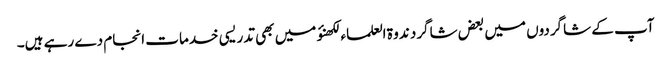
آپ کے شاگردوں میں بعض شاگرد ندوۃ العلماء لکھنؤ میں بھی تدریسی خدمات انجام دے رہے ہیں۔